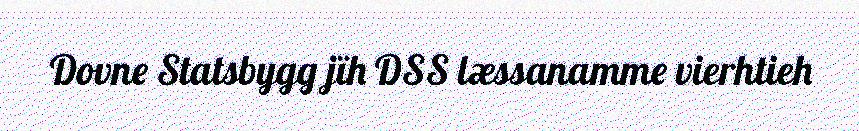
Dovne Statsbygg jïh DSS læssanamme vierhtieh